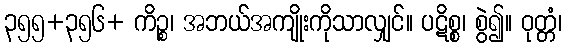
၃၅၅+၃၅၆+ ကိဉ္စ၊ အဘယ်အကျိုးကိုသာလျှင်။ ပဋိစ္စ၊ စွဲ၍။ ဝုတ္တံ၊